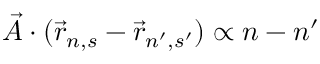
{ \vec { A } } \cdot ( { \vec { r } } _ { n , s } - { \vec { r } } _ { n ^ { \prime } , s ^ { \prime } } ) \propto n - n ^ { \prime }